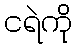
ငရဲကို